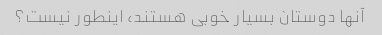
آنها دوستان بسیار خوبی هستند، اینطور نیست؟